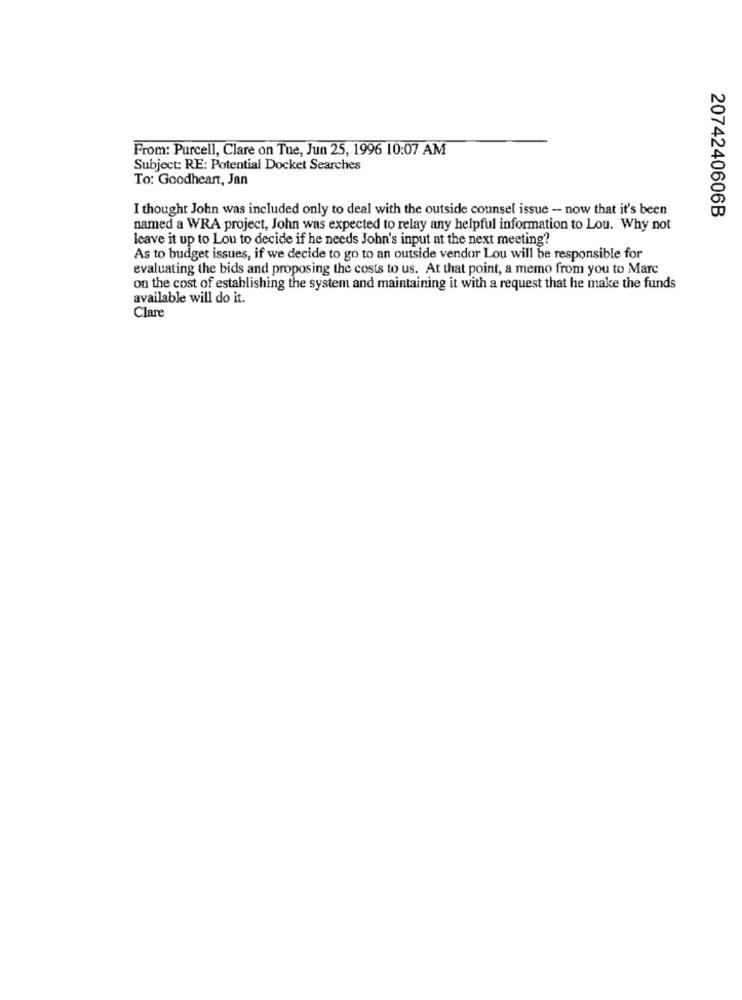
From: Purcell, Clare on Tue, Jun 25, 1996 10:07 AM
Subject: RE: Potential Docket Searches
To: Goodheart, Jan
I thought John was included only to deal with the outside counsel issue - now that it's been
2074240606B
named a WRA project, John was expected to relay any helpful information to Lou. Why not
Icave it up to Lou to decide if he needs John's input at the next meeting?
As to budget issues, if we decide to go to an outside vendor Lou will be responsible for
evaluating the bids and proposing the costs to us. At that point, a memo from you to Marc
on the cost of establishing the system and maintaining it with a request that he make the funds
available will do it.
Clare